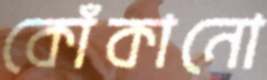
কোঁকানো